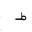
Letter: _da